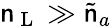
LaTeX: \mathsf{n}_{\mathrm{{~L~}}}\gg\tilde{{\mathsf{n}}}_{a}